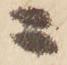
ニ